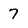
Character: 7